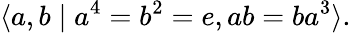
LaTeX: \langle a,b\mid a^{4}=b^{2}=e,ab=ba^{3}\rangle.